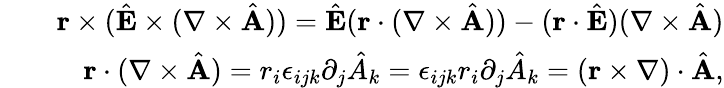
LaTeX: \begin{array}{rlr}&{}&{{\mathbf r}\times(\hat{\mathbf E}\times(\nabla\times\hat{\mathbf A}))=\hat{\mathbf E}({\mathbf r}\cdot(\nabla\times\hat{\mathbf A}))-({\mathbf r}\cdot\hat{\mathbf E})(\nabla\times\hat{\mathbf A})}\\ &{}&{{\mathbf r}\cdot(\nabla\times\hat{\mathbf A})=r_{i}\epsilon_{ijk}\partial_{j}\hat{A}_{k}=\epsilon_{ijk}r_{i}\partial_{j}\hat{A}_{k}=({\mathbf r}\times\nabla)\cdot\hat{\mathbf A},}\end{array}